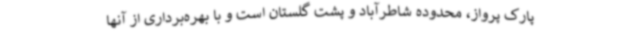
پارک پرواز، محدوده شاطرآباد و پشت گلستان است و با بهره‌برداری از آنها